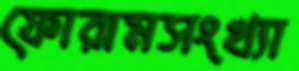
ফোরামসংখ্যা